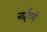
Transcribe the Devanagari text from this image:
नाईटली